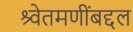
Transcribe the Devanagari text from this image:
श्र्वेतमणींबद्दल